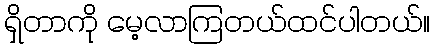
ရှိတာကို မေ့လာကြတယ်ထင်ပါတယ်။